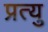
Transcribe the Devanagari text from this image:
प्रत्यु